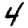
Digit: 4